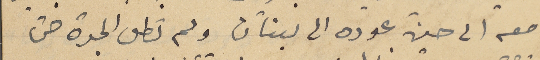
معه الى حين عوده الى لبنان ولم تطل المدة حتى